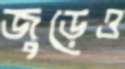
জুড়েও